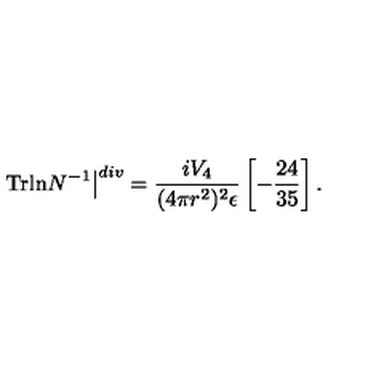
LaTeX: \left. \mathrm { T r l n } N ^ { - 1 } \right\vert ^ { d i v } = \frac { i V _ { 4 } } { ( 4 \pi r ^ { 2 } ) ^ { 2 } \epsilon } \left[ - \frac { 2 4 } { 3 5 } \right] .